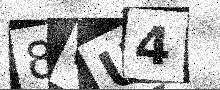
Text: 80U4